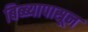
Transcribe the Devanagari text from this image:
बिब्ब्यापासून